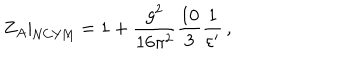
\left. Z _ { A } \right| _ { \mathrm { N C Y M } } = 1 + \frac { g ^ { 2 } } { 1 6 \pi ^ { 2 } } \frac { 1 0 } { 3 } \frac { 1 } { \varepsilon ^ { \prime } } \, ,